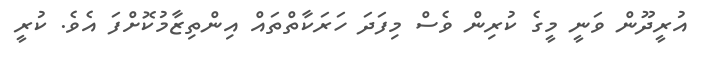
އުރީދޫން ވަނީ މީގެ ކުރިން ވެސް މިފަދަ ހަރަކާތްތައް އިންތިޒާމުކޮށްފަ އެވެ. ކުރީ